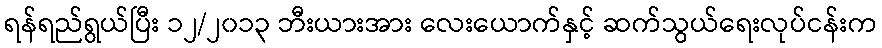
ရန်ရည်ရွယ်ပြီး ၁၂/၂၀၁၃ ဘီးယားအား လေးယောက်နှင့် ဆက်သွယ်ရေးလုပ်ငန်းက